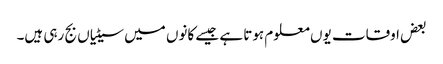
بعض اوقات یوں معلوم ہوتا ہے جیسے کانوں میں سیٹیاں بج رہی ہیں۔